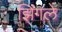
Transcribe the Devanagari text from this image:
झिंगले